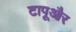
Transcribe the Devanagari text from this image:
टापूऔर